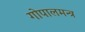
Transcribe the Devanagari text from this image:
गोपालमन्त्र